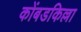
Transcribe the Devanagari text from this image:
कोंबडकिल्ला